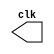
// ------------------------- 
// Exemplo0042 
// Nome: Oswaldo Oliveira Paulino 
// ------------------------- 

// --------------------------- 
// -- test clock generator (2) 
// --------------------------- 
module clock ( clk ); 

output clk; 
reg clk; 

initial 
begin 
clk = 1'b0; 
end 

always 
begin 
#12 clk = ~clk; 
end 
endmodule 

module pulse ( signal, clock ); 

input clock; 
output signal; 
reg signal; 

always @ ( clock ) 
begin 
signal = 1'b1; 
#3 signal = 1'b0; 
#3 signal = 1'b1; 
#3 signal = 1'b0; 
end 

endmodule // pulse 

module trigger ( signal, on, clock ); 
input on, clock; 
output signal; 
reg signal; 

always @ ( posedge clock & on ) 
begin 
#60 signal = 1'b1; 
#60 signal = 1'b0; 
end 

endmodule // trigger 

module Exemplo0042; 

wire clock; 
clock clk ( clock ); 
reg p; 
wire p1,t1; 
pulse pulse1 ( p1, clock ); 
trigger trigger1 ( t1, p, clock ); 

initial begin 
p = 1'b0; 
end 

initial begin 
$dumpfile ( "Exemplo0042.vcd" ); 
$dumpvars ( 1, clock, p1, p, t1 ); 
#060 p = 1'b1; 
#120 p = 1'b0; 
#180 p = 1'b1; 
#240 p = 1'b0; 
#300 p = 1'b1; 
#360 p = 1'b0; 
#376 $finish; 

end 
endmodule // Exemplo0042